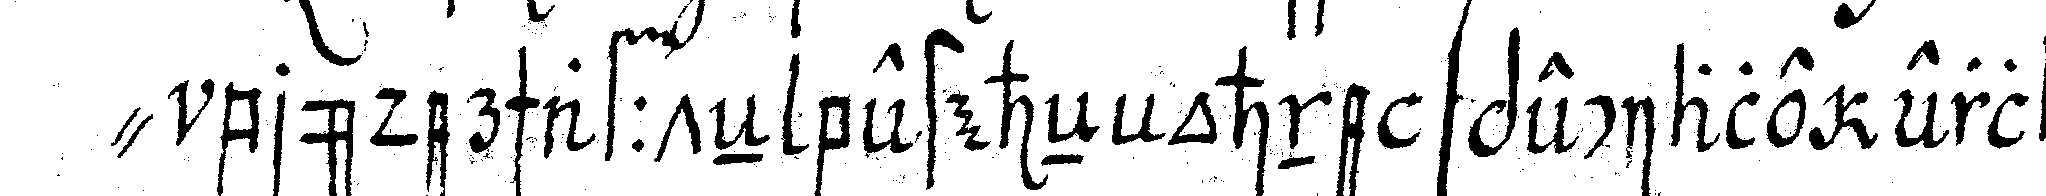
" brüderschaffteN besteheN ohne speciale erlaub